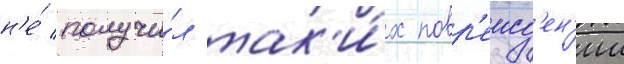
н'е́ получи́л так'и́х повр'ежд'ен'ии